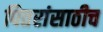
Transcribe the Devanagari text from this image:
पितरांसाठीच